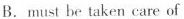
B. must be taken care of